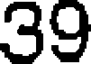
39